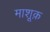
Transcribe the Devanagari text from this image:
माशूक़